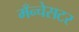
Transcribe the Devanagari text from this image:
मँन्चेसटर